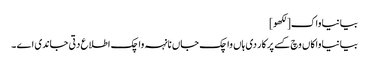
بیانیا واک[لکھو]
بیانیا واکاں وچ کسے پرکار دی ہاں واچک جاں نانہہ واچک اطلاع دتی جاندی اے ۔